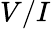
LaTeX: V/I